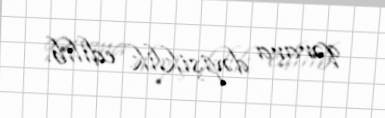
qərara dəyişiklik edilib.